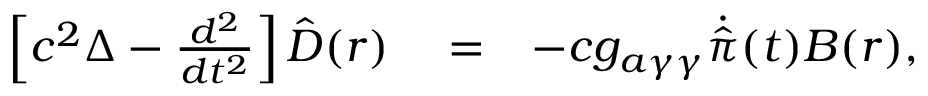
\begin{array} { r l r } { \left[ c ^ { 2 } \Delta - \frac { d ^ { 2 } } { d t ^ { 2 } } \right] { \hat { \boldsymbol D } } ( r ) } & { { } = } & { - c g _ { a \gamma \gamma } \dot { \hat { \pi } } ( t ) { \boldsymbol B } ( r ) , } \end{array}